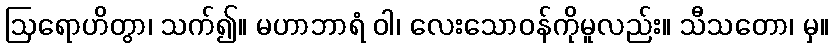
ဩရောဟိတွာ၊ သက်၍။ မဟာဘာရံ ဝါ၊ လေးသောဝန်ကိုမူလည်း။ သီသတော၊ မှ။